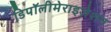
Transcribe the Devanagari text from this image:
डिपॉलीमेराइज़ेशन